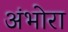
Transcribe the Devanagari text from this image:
अंभोरा